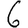
Digit: 6